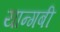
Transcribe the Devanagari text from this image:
यान्गबी